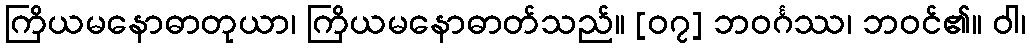
ကြိယမနောဓာတုယာ၊ ကြိယမနောဓာတ်သည်။ [၀၇] ဘဝင်္ဂဿ၊ ဘဝင်၏။ ဝါ၊